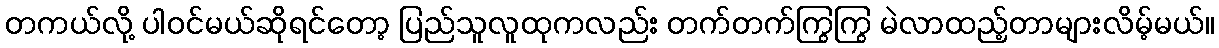
တကယ်လို့ ပါဝင်မယ်ဆိုရင်တော့ ပြည်သူလူထုကလည်း တက်တက်ကြွကြွ မဲလာထည့်တာများလိမ့်မယ်။